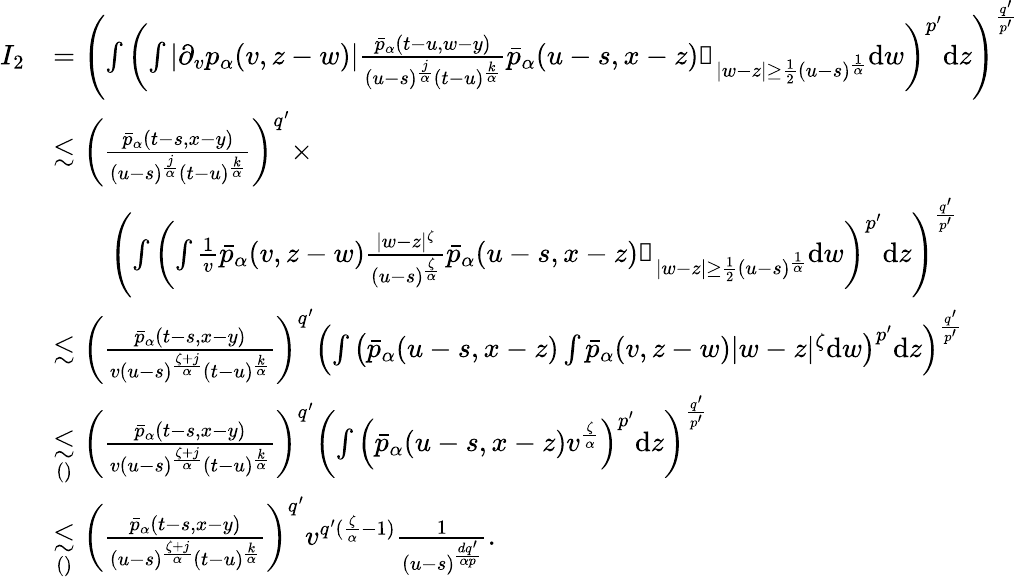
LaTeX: \begin{array}{rl}{I_{2}}&{=\left(\int\left(\int|\partial_{v}p_{\alpha}(v,z-w)|\frac{\bar{p}_{\alpha}(t-u,w-y)}{(u-s)^{\frac{j}{\alpha}}(t-u)^{\frac{k}{\alpha}}}\bar{p}_{\alpha}(u-s,x-z)\mathbb{1}_{|w-z|\geq\frac{1}{2}(u-s)^{\frac{1}{\alpha}}}\mathrm{d}w\right)^{p^{\prime}}\mathrm{d}z\right)^{\frac{q^{\prime}}{p^{\prime}}}}\\ &{\lesssim\left(\frac{\bar{p}_{\alpha}(t-s,x-y)}{(u-s)^{\frac{j}{\alpha}}(t-u)^{\frac{k}{\alpha}}}\right)^{q^{\prime}}\times}\\ &{\qquad\left(\int\left(\int\frac{1}{v}\bar{p}_{\alpha}(v,z-w)\frac{|w-z|^{\zeta}}{(u-s)^{\frac{\zeta}{\alpha}}}\bar{p}_{\alpha}(u-s,x-z)\mathbb{1}_{|w-z|\geq\frac{1}{2}(u-s)^{\frac{1}{\alpha}}}\mathrm{d}w\right)^{p^{\prime}}\mathrm{d}z\right)^{\frac{q^{\prime}}{p^{\prime}}}}\\ &{\lesssim\left(\frac{\bar{p}_{\alpha}(t-s,x-y)}{v(u-s)^{\frac{\zeta+j}{\alpha}}(t-u)^{\frac{k}{\alpha}}}\right)^{q^{\prime}}\left(\int\left(\bar{p}_{\alpha}(u-s,x-z)\int\bar{p}_{\alpha}(v,z-w)|w-z|^{\zeta}\mathrm{d}w\right)^{p^{\prime}}\mathrm{d}z\right)^{\frac{q^{\prime}}{p^{\prime}}}}\\ &{\underset{()}{\lesssim}\left(\frac{\bar{p}_{\alpha}(t-s,x-y)}{v(u-s)^{\frac{\zeta+j}{\alpha}}(t-u)^{\frac{k}{\alpha}}}\right)^{q^{\prime}}\left(\int\left(\bar{p}_{\alpha}(u-s,x-z)v^{\frac{\zeta}{\alpha}}\right)^{p^{\prime}}\mathrm{d}z\right)^{\frac{q^{\prime}}{p^{\prime}}}}\\ &{\underset{()}{\lesssim}\left(\frac{\bar{p}_{\alpha}(t-s,x-y)}{(u-s)^{\frac{\zeta+j}{\alpha}}(t-u)^{\frac{k}{\alpha}}}\right)^{q^{\prime}}v^{q^{\prime}(\frac{\zeta}{\alpha}-1)}\frac{1}{(u-s)^{\frac{dq^{\prime}}{\alpha p}}}.}\end{array}